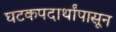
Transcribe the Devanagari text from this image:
घटकपदार्थांपासून